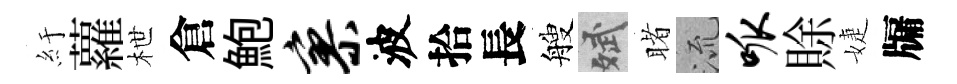
紆蘿枻倉鮑寥波拾長艘斌睹𣴑呱賖婕牖